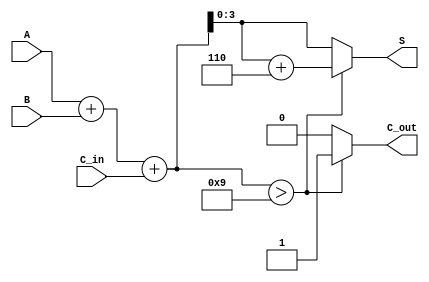
module BCD_Carry_Lookahead_Adder (
    input  [3:0] A,        // First BCD digit
    input  [3:0] B,        // Second BCD digit
    input        C_in,     // Carry-in signal
    output reg [3:0] S,    // Sum output (BCD result)
    output reg C_out       // Carry-out signal
);

    wire [4:0] S_temp;     // Temporary sum (5 bits to accommodate carry)
    wire C1, C2, C3, C4;   // Carry signals

    // Calculate initial sum
    assign S_temp = A + B + C_in;

    // Carry generation
    assign C1 = A[0] & B[0] | (A[0] ^ B[0]) & C_in;
    assign C2 = A[1] & B[1] | (A[1] ^ B[1]) & C1;
    assign C3 = A[2] & B[2] | (A[2] ^ B[2]) & C2;
    assign C4 = A[3] & B[3] | (A[3] ^ B[3]) & C3;

    // Determine carry-out and sum adjustment
    always @(*) begin
        if (S_temp > 9) begin
            C_out = 1; // Set carry-out if S_temp exceeds 9
            S = S_temp + 6; // Adjust the sum to stay within BCD range
        end else begin
            C_out = 0; // No carry-out
            S = S_temp; // No adjustment needed
        end
    end

endmodule